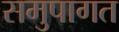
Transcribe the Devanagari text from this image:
समुपागत